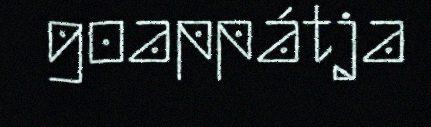
goappátja